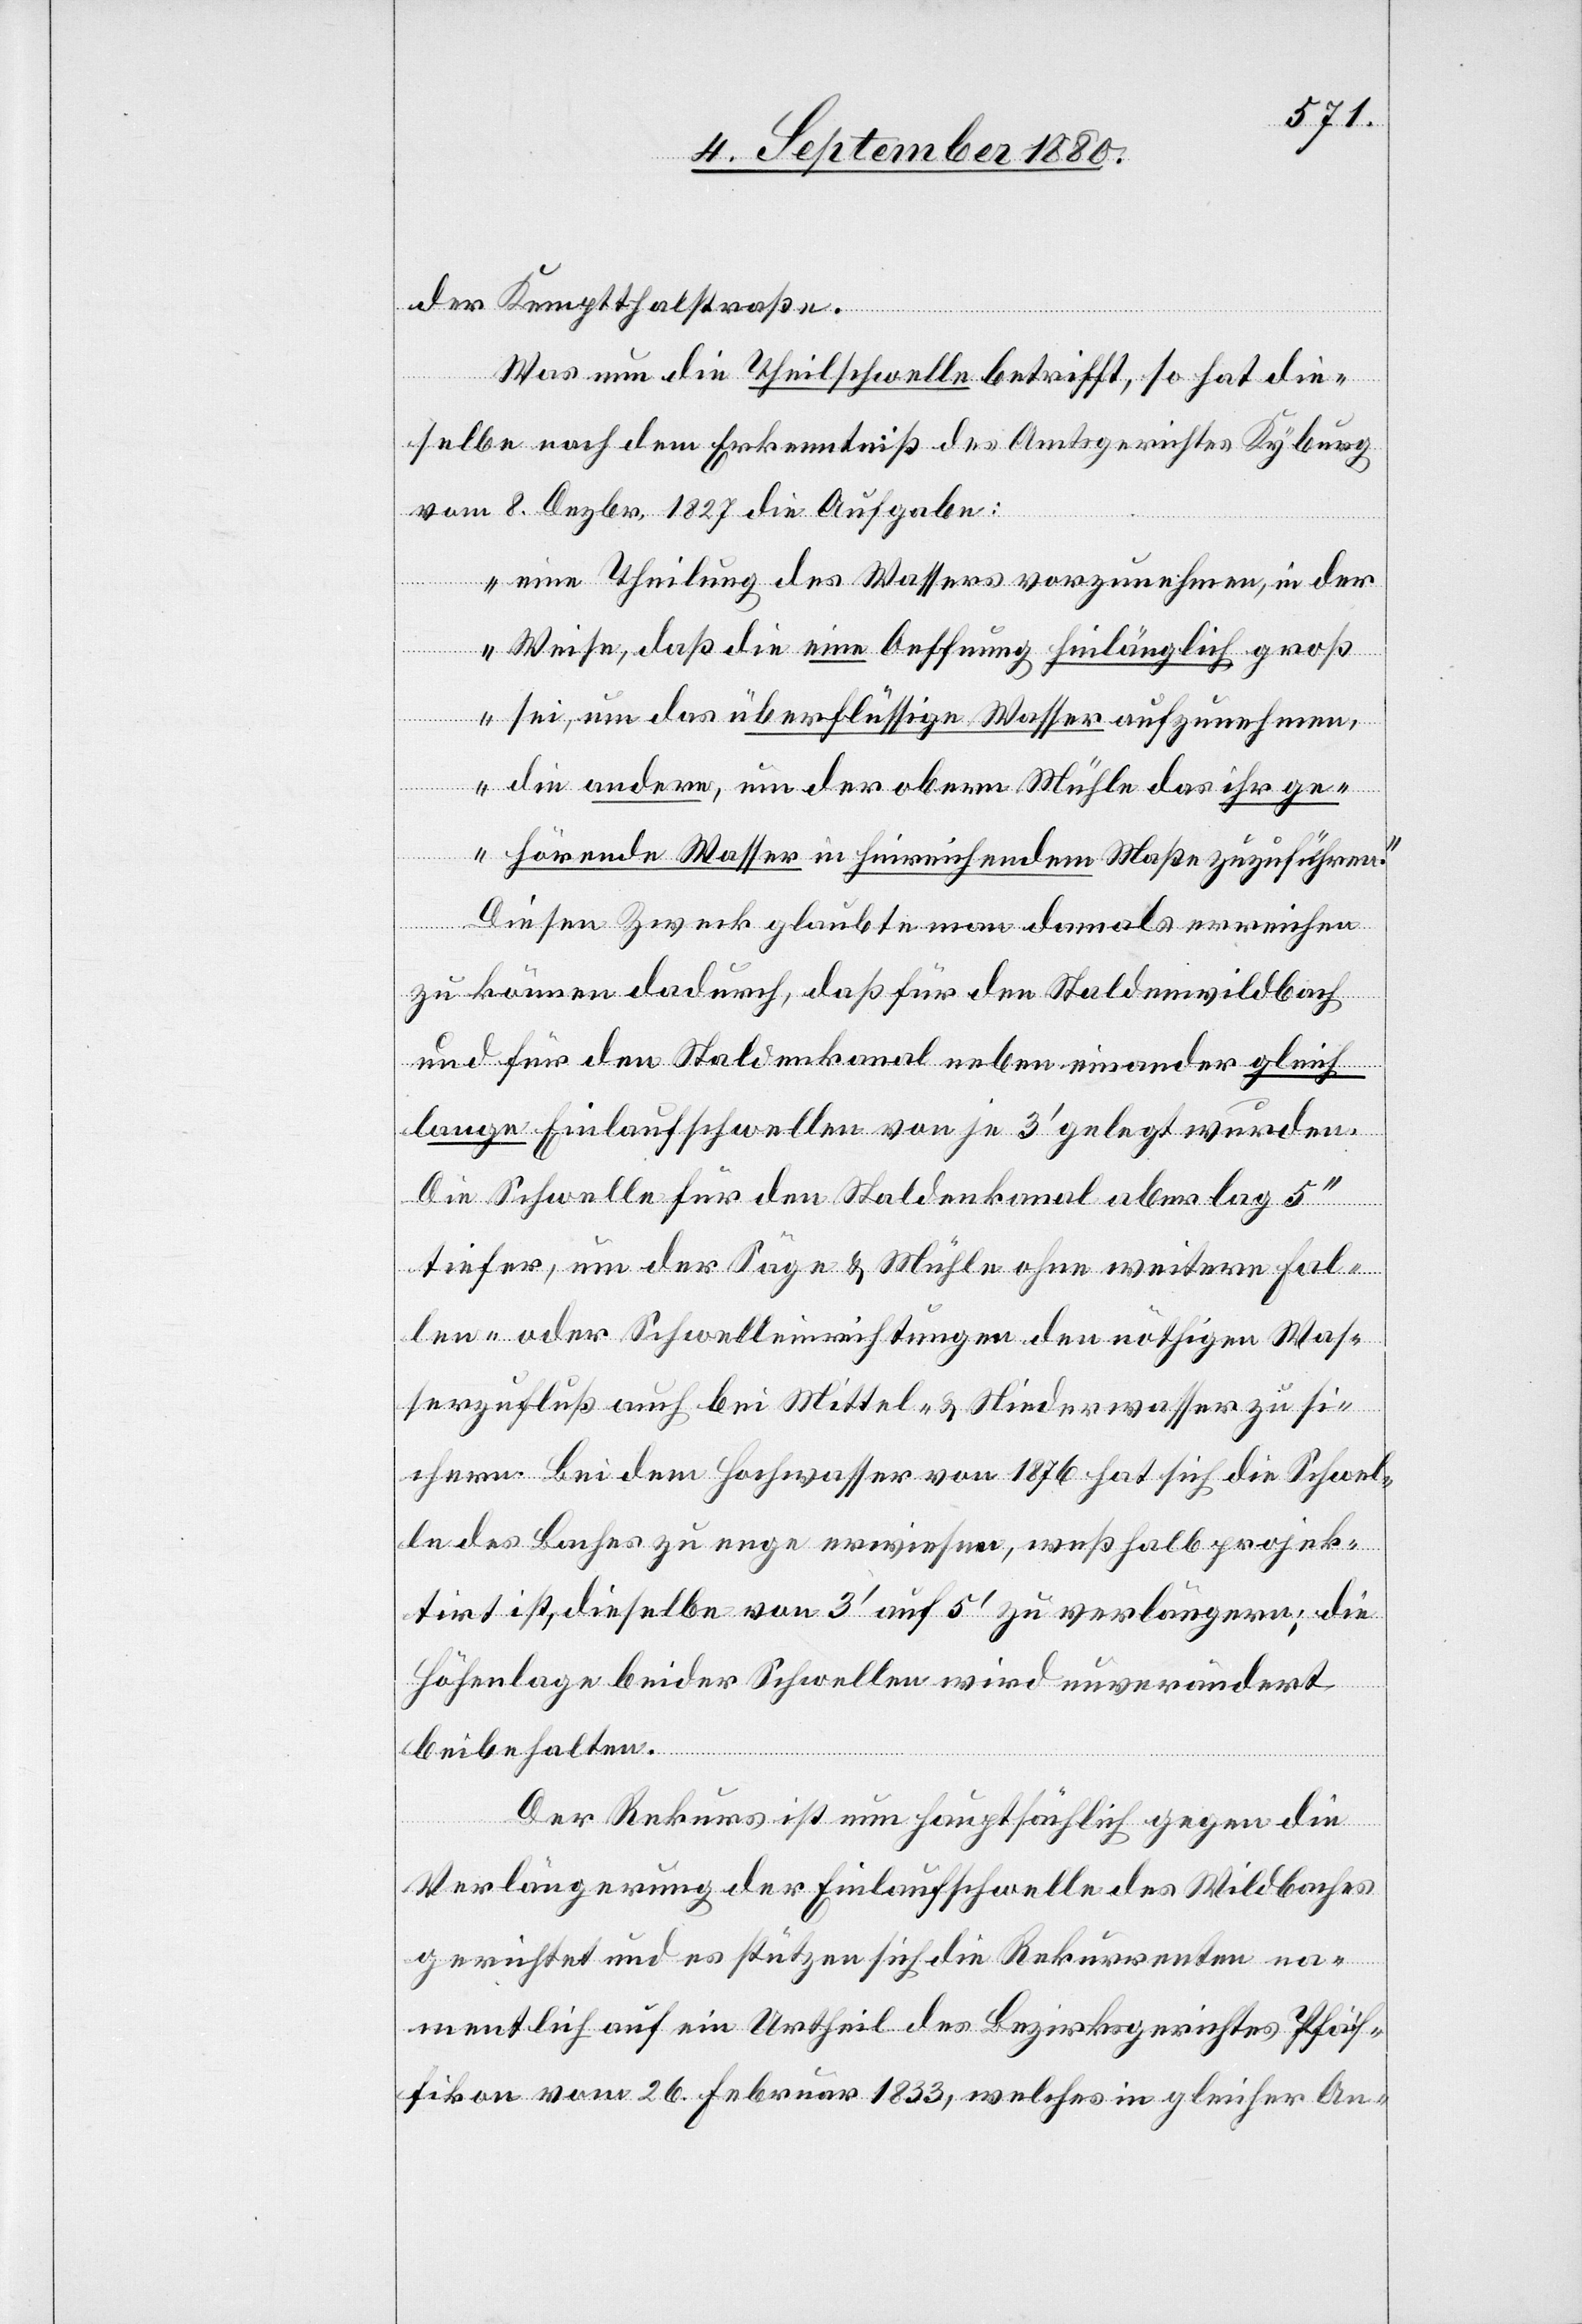
der Kempthalstraße.
Was nun die Theilschwelle betrifft, so hat die¬
selbe nach dem [sic!] Erkenntniß des Amtsgerichtes Kyburg
vom 8. Dezbr. 1827 die Aufgabe:
„eine Theilung des Wassers vorzunehmen, in der
Weise, daß die eine Oeffnung hinlänglich groß
sei, um das überflüssige Wasser aufzunehmen
die andere, um der oberen Mühle das ihr ge¬
hörende Wasser in hinreichendem Maße zuzuführen.“
Diesen Zweck glaube man damals erreichen
zu können dadurch, daß für den Staldenwildbach
und für den Staldenkanal neben einander gleich
lange Einlaufschwellen von je 3‘ gelegt wurden.
Die Schwelle für den Staldenkanal aber lag 5“
tiefer, um der Säge & Mühle ohne weitere Fal¬
len- oder Schwellen Einrichtungen den nöthigen Was¬
serzufluß auch bei Mittel- & Niederwasser zu si¬
chern. Bei dem Hochwasser von 1876 hat sich die Schwel¬
le des Baches zu enge erweisen, weßhalb projek¬
tirt ist, dieselbe von 3‘ auf 5‘ zu verlängern; die
Höhenlage beider Schwellen wird unverändert
beibehalten.
Der Rekurs ist nun hauptsächlich gegen die
Verlängerung der Einlaufschwelle des Wildbaches
gerichtet und es stützen sich die Rekurrenten na¬
mentlich auf ein Urtheil des Bezirksgerichtes Pfäf¬
fikon vom 26. Februar 1833, welches in gleicher An-